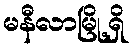
မနီလာမြို့ရှိ